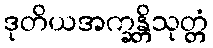
ဒုတိယအက္ခန္တိသုတ္တံ